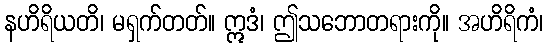
နဟိရိယတိ၊ မရှက်တတ်။ ဣဒံ၊ ဤသဘောတရားကို။ အဟိရိကံ၊